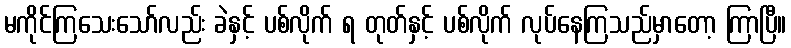
မကိုင်ကြသေးသော်လည်း ခဲနှင့် ပစ်လိုက် ရ တုတ်နှင့် ပစ်လိုက် လုပ်နေကြသည်မှာတော့ ကြာပြီ။